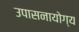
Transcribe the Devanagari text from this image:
उपासनायोग्य